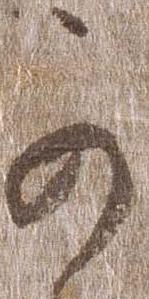
可